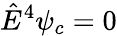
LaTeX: \hat{E}^{4}\psi_{c}=0